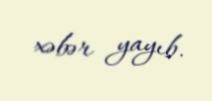
xəbər yayıb.